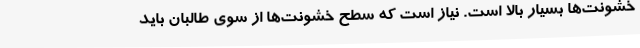
خشونت‌ها بسیار بالا است. نیاز است که سطح خشونت‌ها از سوی طالبان باید